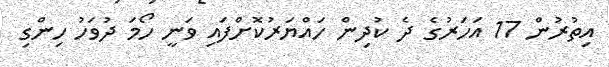
އިތުރުން 17 އަހަރުގެ ދެ ކުދިން ހައްޔަރުކޮށްފައި ވަނީ ހޯމަ ދުވަހު ހިންގި